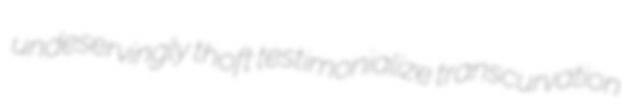
undeservingly thoft testimonialize transcurvation